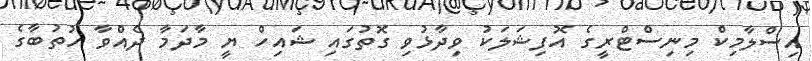
އިސްލާމިކް މިނިސްޓްރީގެ އޮފިޝަލަކު ވިދާޅުވި ގޮތުގައި ޝައިހް ޔީ މާދަމާ ދެއްވާ ހުތުބާގެ